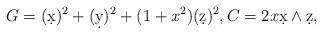
LaTeX: \begin{align*}G=(\d x)^2+(\d y)^2+(1+x^2)(\d z)^2,C=2x\d x\wedge \d z,\end{align*}